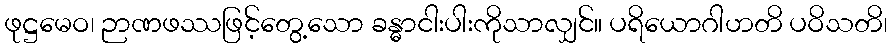
ဖုဋ္ဌမေဝ၊ ဉာဏဖဿဖြင့်တွေ့သော ခန္ဓာငါးပါးကိုသာလျှင်။ ပရိယောဂါဟတိ ပဝိသတိ၊